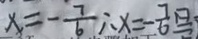
x = - \frac { 7 } { 6 } \therefore x = - \frac { 7 } { 6 }